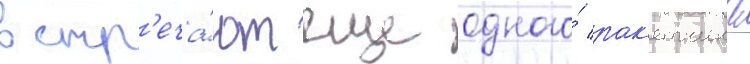
встр'еча́ют еще одного́ рак'етчика